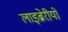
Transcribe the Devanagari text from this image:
लाइब्रेरीयों